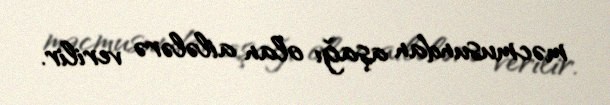
məcmusundan aşağı olan ailələrə verilir.